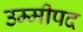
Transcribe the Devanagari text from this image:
उम्मीपद